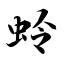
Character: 蛉